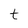
Character: t